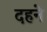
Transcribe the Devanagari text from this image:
दहने